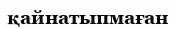
қайнатыпмаған